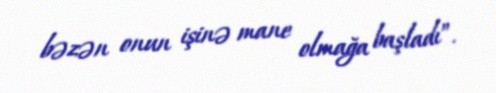
bəzən onun işinə mane olmağa başladı”.